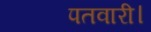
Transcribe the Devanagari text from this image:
पतवारी।